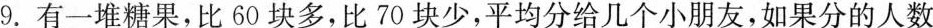
9.有一堆糖果，比60块多，比70块少，平均分给几个小朋友，如果分的人数